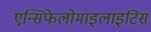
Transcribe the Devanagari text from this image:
एन्सिफेलोमाइलाइटिस